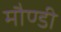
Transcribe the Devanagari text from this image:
मौण्डी